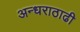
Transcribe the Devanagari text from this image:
अन्धराठाढी